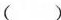
( )